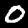
Label: 0